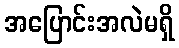
အပြောင်းအလဲမရှိ